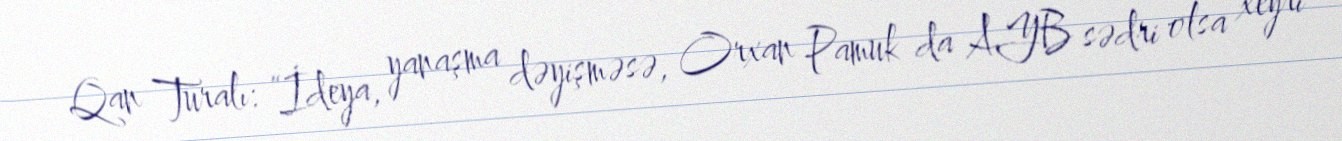
Qan Turalı: “İdeya, yanaşma dəyişməsə, Orxan Pamuk da AYB sədri olsa xeyri